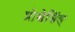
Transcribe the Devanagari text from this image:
प्रोसेसिंङ्